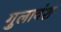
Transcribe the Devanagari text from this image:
गुलावंश